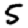
Digit: 5